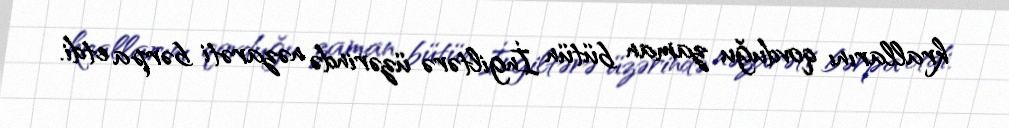
krallarını qovduğu zaman bütün İngiltərə üzərində nəzarəti bərpa etdi.